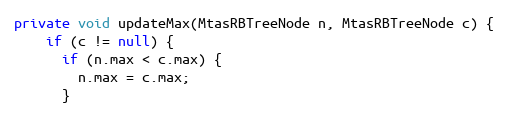
Language: Java
private void updateMax(MtasRBTreeNode n, MtasRBTreeNode c) {
    if (c != null) {
      if (n.max < c.max) {
        n.max = c.max;
      }